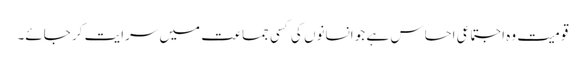
قومیت وہ اجتماعی احساس ہے جو انسانوں کی کسی جماعت میں سرایت کر جائے۔